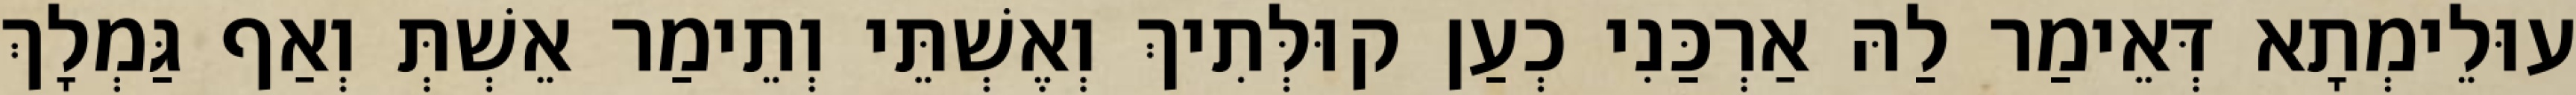
עוּלֵימְתָא דְּאֵימַר לַהּ אַרְכַּנִי כְעַן קוּלְּתִיךְ וְאֶשְׁתֵּי וְתֵימַר אֵשְׁתְּ וְאַף גַּמְלָךְ